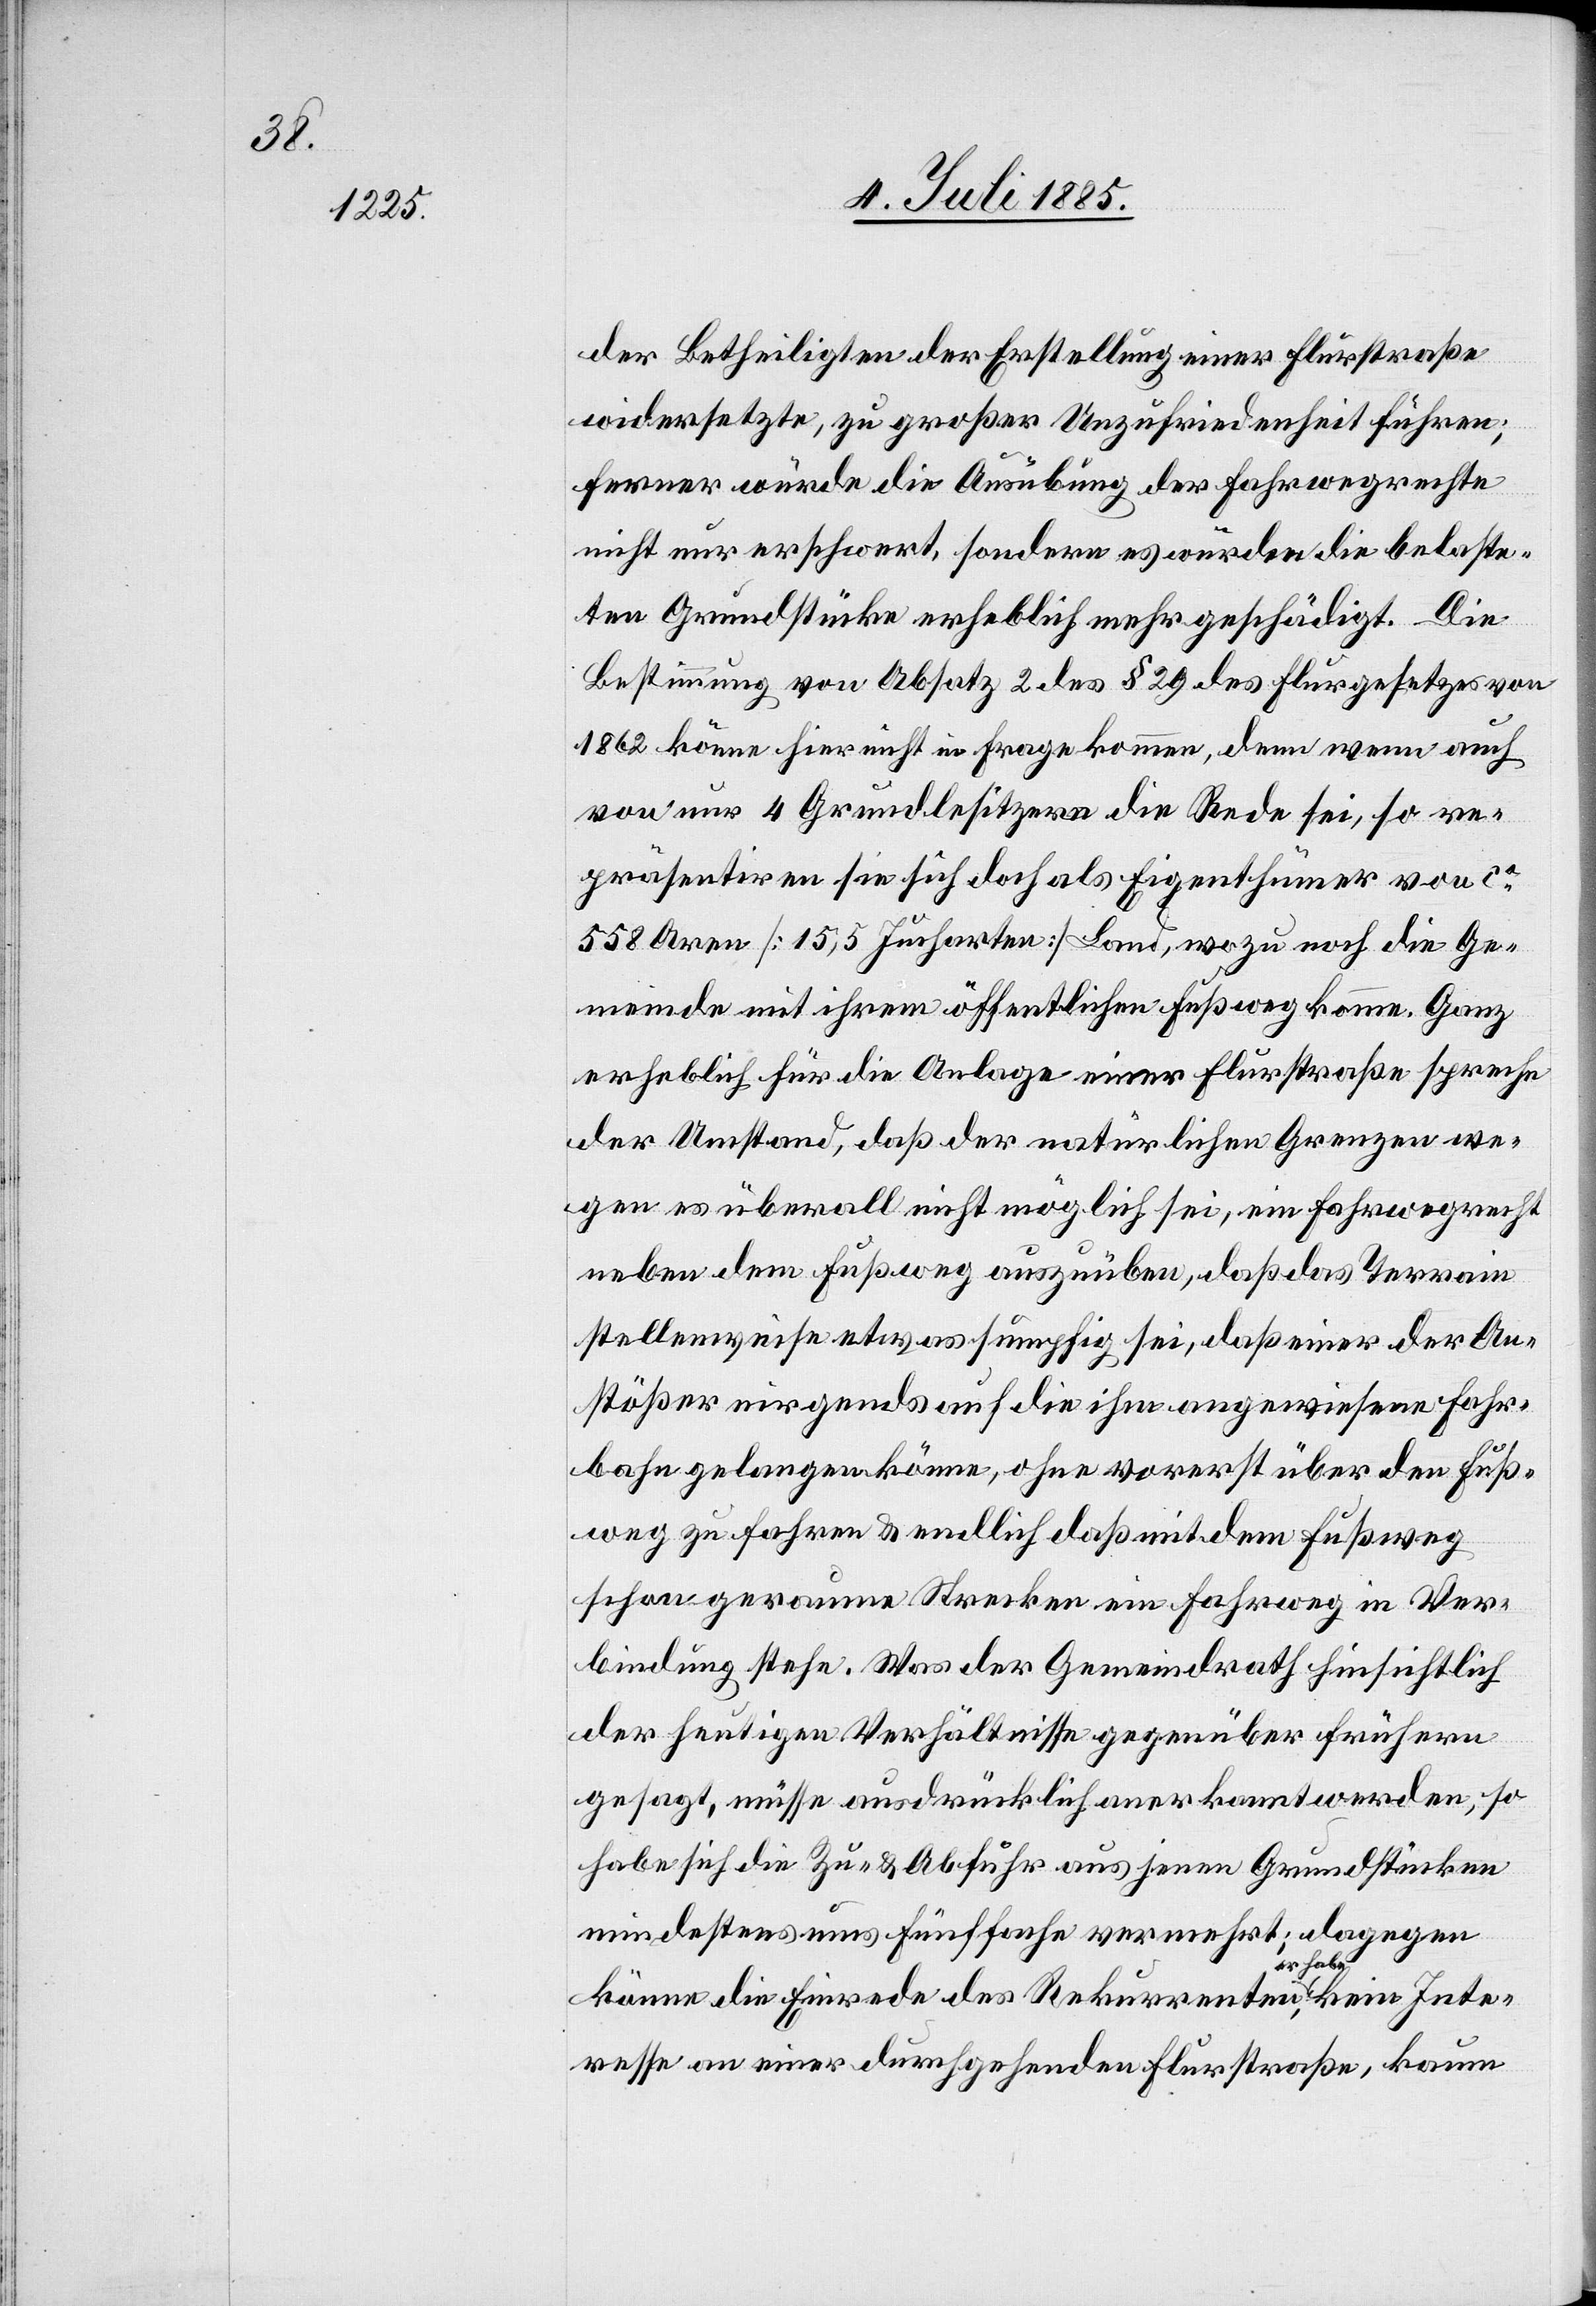
der Betheiligten der Erstellung einer Flurstraße
widersetzte, zu großer Unzufriedenheit führen;
ferner würde die Ausübung der Fahrwegrechte
nicht nur erschwert, sondern es würden die belaste¬
ten Grundstücke erheblich mehr geschädigt. Die
Bestimmung von Absatz 2 des § 29 des Flurgesetzes von
1862 könne hier nicht in Frage kommen, denn wenn auch
von nur 4 Grundbesitzern die Rede sei, so re¬
präsentiren sie sich doch als Eigenthümer von ca
558 Aren [15,5 Jucharten] Land, wozu noch die Ge¬
meinde mit ihrem öffentlichen Fußweg komme. Ganz
erheblich für die Anlage einer Flurstraße spreche
der Umstand, daß der natürlichen Grenzen we¬
gen es überall nicht möglich sei, ein Fahrwegrecht
neben dem Fußweg auszuüben, daß das Terrain
stellenweise etwas sumpfig sei, daß einer der An¬
stößer nirgends auf die ihm angewiesene Fahr¬
bahn gelangen könne, ohne vorerst über den Fuß¬
weg zu fahren & endlich daß mit dem Fußweg
schon geraume Strecken ein Fahrweg in Ver¬
bindung stehe. Was der Gemeindrath hinsichtlich
der heutigen Verhältnisse gegenüber frühern
gesagt, müsse ausdrücklich anerkannt werden, so
habe sich die Zu- & Abfuhr aus jenen Grundstücken
mindestens ums fünffache vermehrt; dagegen
kein
Inte¬
könne die Einrede des Rekurrenten, er habe
resse an einer durchgehenden Flurstraße, kaum